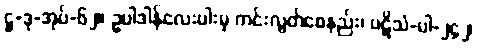
ဋ္ဌ-ဒု-အုပ်-၆၂။ ဥပါဒါန်လေးပါးမှ ကင်းလွတ်စေနည်း၊ ပဋိသံ-ပါ-၂၄၂၊